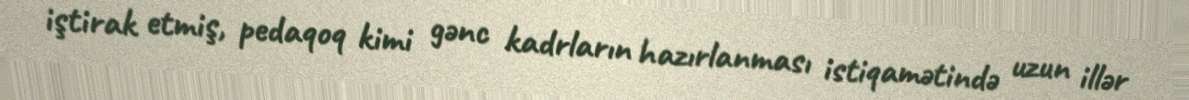
iştirak etmiş, pedaqoq kimi gənc kadrların hazırlanması istiqamətində uzun illər